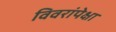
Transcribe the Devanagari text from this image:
विवरांपेक्षा